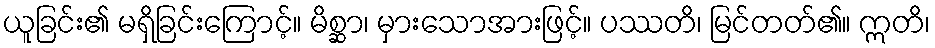
ယူခြင်း၏ မရှိခြင်းကြောင့်။ မိစ္ဆာ၊ မှားသောအားဖြင့်။ ပဿတိ၊ မြင်တတ်၏။ ဣတိ၊